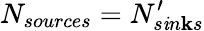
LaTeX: N_{sources}=N_{s\mathit{i}n\mathbf{k}s}^{\prime}